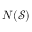
N ( { \mathcal { S } } )